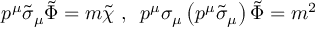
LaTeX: p ^ { \mu } \tilde { \sigma } _ { \mu } \tilde { \Phi } = m \tilde { \chi } \, \, , \, \, \, p ^ { \mu } \sigma _ { \mu } \left( p ^ { \mu } \tilde { \sigma } _ { \mu } \right) \tilde { \Phi } = m ^ { 2 }